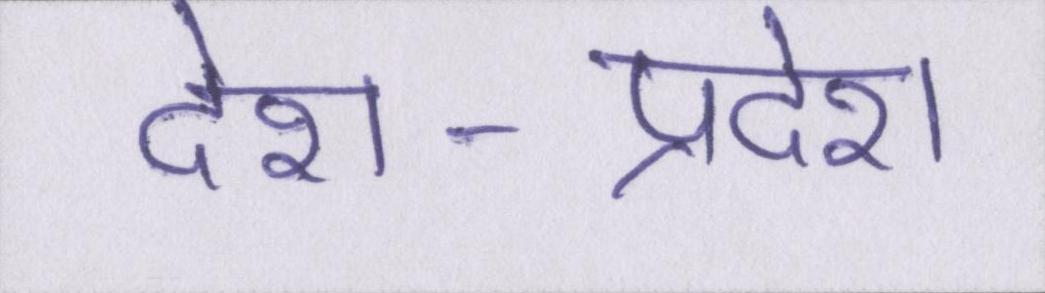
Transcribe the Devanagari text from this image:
देश-प्रदेश